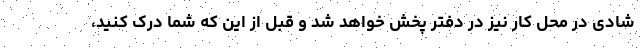
شادی در محل کار نیز در دفتر پخش خواهد شد و قبل از این که شما درک کنید،